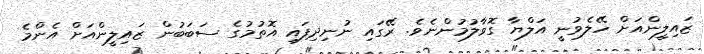
ޒައިލީންއަށް ހޭލެވުނީ އަލްޔާ ގޮވާލުމުންނެވެ. ރޭގައި ނުނިދިފައި އޮތުމުގެ ސަބަބުން ޒައިލީންއަށް އެންމެ